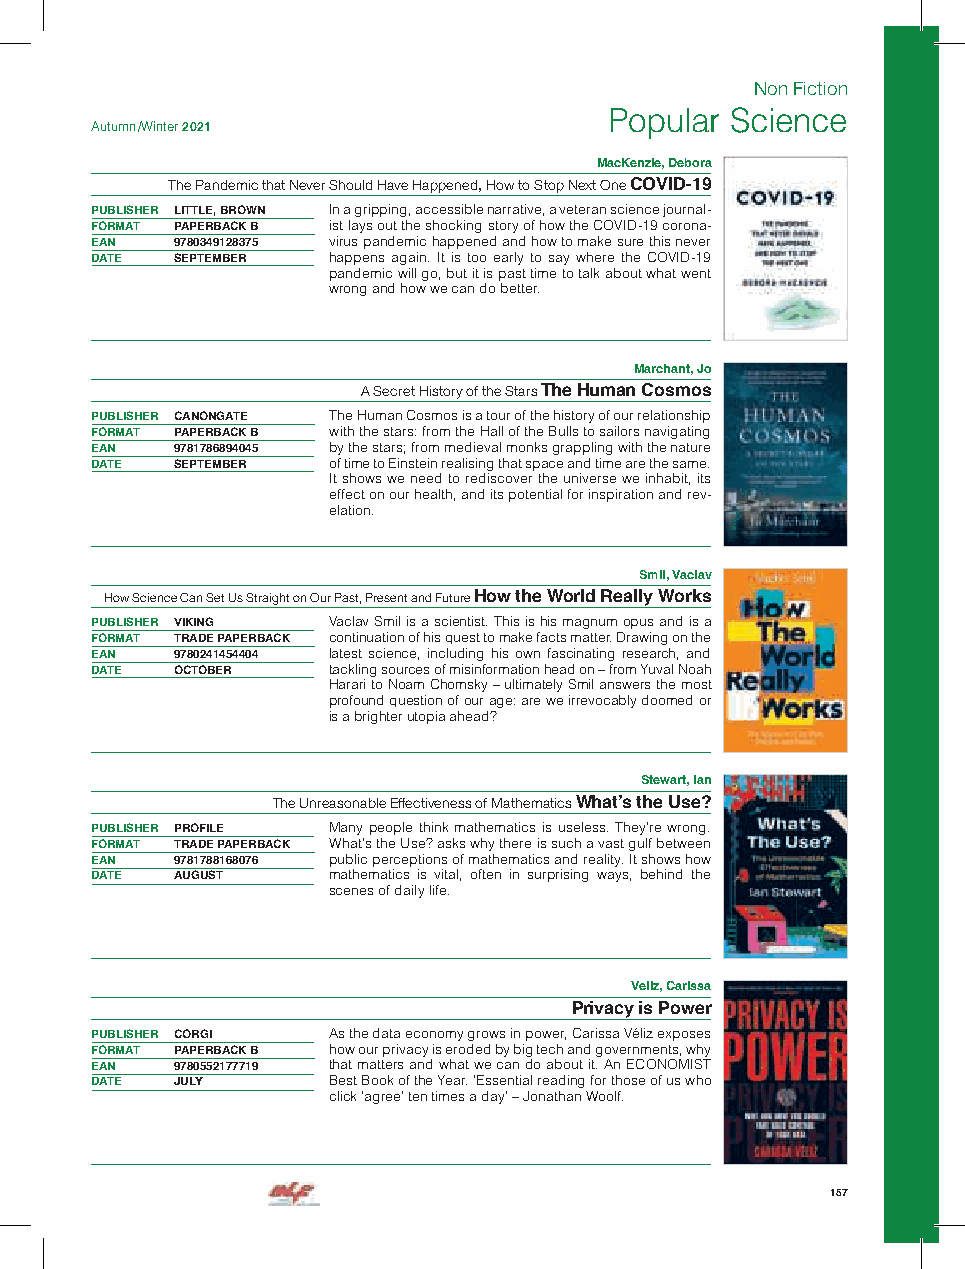
Non Fiction
 Popular Science
 Autumn /Winter 2021
 MacKenzie, Debora
 The Pandemic that Never Should Have Happened, How to Stop Next One COVID-19
 PUBLISHER LITTLE, BROWN In a gripping, accessible narrative, a veteran science journal-
 FORMAT PAPERBACK B ist lays out the shocking story of how the COVID-19 corona-
 EAN  9780349128375 virus pandemic happened and how to make sure this never
 DATE SEPTEMBER  happens again. It is too early to say where the COVID-19
 pandemic will go, but it is past time to talk about what went
 wrong and how we can do better.
 Marchant, Jo
 The Age of A.I. And Our Human Future A Secret History of the Stars The Human Cosmos
 PUBLISHER CANONGATE The Human Cosmos is a tour of the history of our relationship
 FORMAT PAPERBACK B with the stars: from the Hall of the Bulls to sailors navigating
 EAN  9781786894045 by the stars; from medieval monks grappling with the nature
 DATE SEPTEMBER  of time to Einstein realising that space and time are the same.
 It shows we need to rediscover the universe we inhabit, its
 effect on our health, and its potential for inspiration and rev-
 elation.
 Smil, Vaclav
 How Science Can Set Us Straight on Our Past, Present and Future How the World Really Works
 PUBLISHER VIKING Vaclav Smil is a scientist. This is his magnum opus and is a
 FORMAT TRADE PAPERBACK continuation of his quest to make facts matter. Drawing on the
 EAN  9780241454404 latest science, including his own fascinating research, and
 DATE OCTOBER    tackling sources of misinformation head on – from Yuval Noah
 Harari to Noam Chomsky – ultimately Smil answers the most
 profound question of our age: are we irrevocably doomed or
 is a brighter utopia ahead?
 Stewart, Ian
 The Unreasonable Effectiveness of Mathematics What’s the Use?
 PUBLISHER PROFILE Many people think mathematics is useless. They’re wrong.
 FORMAT TRADE PAPERBACK What’s the Use? asks why there is such a vast gulf between
 EAN  9781788168076 public perceptions of mathematics and reality. It shows how
 DATE AUGUST     mathematics is vital, often in surprising ways, behind the
 scenes of daily life.
 Veliz, Carissa
 Privacy is Power
 PUBLISHER CORGI As the data economy grows in power, Carissa Véliz exposes
 FORMAT PAPERBACK B how our privacy is eroded by big tech and governments, why
 EAN  9780552177719 that matters and what we can do about it. An ECONOMIST
 DATE JULY       Best Book of the Year. ’Essential reading for those of us who
 click ’agree’ ten times a day’ – Jonathan Woolf.
 157